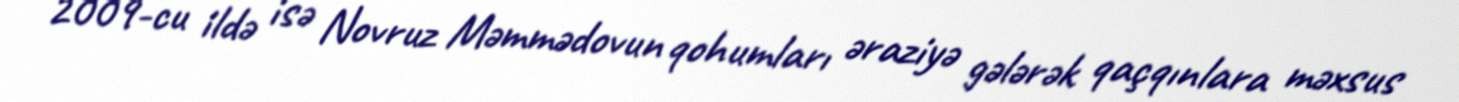
2009-cu ildə isə Novruz Məmmədovun qohumları əraziyə gələrək qaçqınlara məxsus